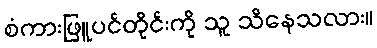
စံကားဖြူပင်တိုင်းကို သူ သိနေသလား။